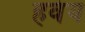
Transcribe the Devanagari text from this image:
हवंय